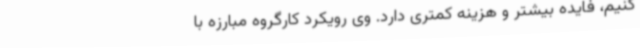
کنیم، فایده بیشتر و هزینه کمتری دارد. وی رویکرد کارگروه مبارزه با